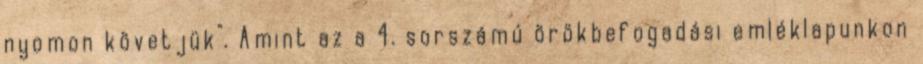
nyomon követjük". Amint az a 4. sorszámú örökbefogadási emléklapunkon